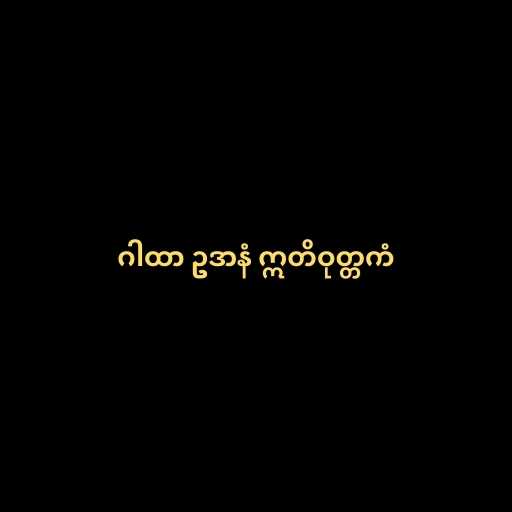
ဂါထာ ဥဒာနံ ဣတိဝုတ္တကံ